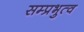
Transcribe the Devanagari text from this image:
सम्प्रभुत्व